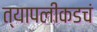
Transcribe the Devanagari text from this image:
त्यापलीकडचं